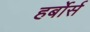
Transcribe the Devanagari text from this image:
हर्बोर्स